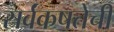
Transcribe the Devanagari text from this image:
सर्वंकषतेची